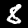
Label: 8